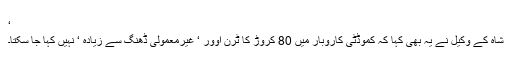
‘
شاہ کے وکیل نے یہ بھی کہا کہ کموڈٹی کاروبار میں 80 کروڑ کا ٹرن اوور ‘ غیرمعمولی ڈھنگ سے زیادہ ‘ نہیں کہا جا سکتا۔